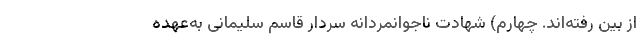
از بین رفته‌اند. چهارم) شهادت ناجوانمردانه سردار قاسم سلیمانی به‌عهده